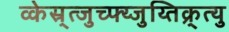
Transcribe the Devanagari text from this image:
व्केस्र्त्जुच्फ्य्जुय्तिक्र्त्यु